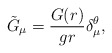
\begin{align*}\tilde G_{\mu } = \frac{G(r)}{g r} \delta^{\theta}_{\mu} , \end{align*}